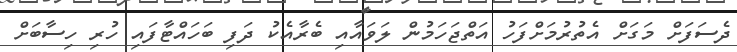
ދެސަފަށް މަގަށް އެތުރުމަށްފަހު އަތްޖަހަމުން ލަވައާއި ބެރާއެކު ދަފި ބަހައްޓާފައި ހުރި ހިސާބަށް